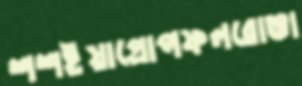
শশইয়াপ্রোপফলরোভা